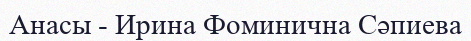
Анасы - Ирина Фоминична Сәпиева